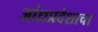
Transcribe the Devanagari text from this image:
आंध्रप्रदेशाचा